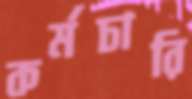
কর্মচারি